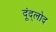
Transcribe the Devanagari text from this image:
दूंद्लोद